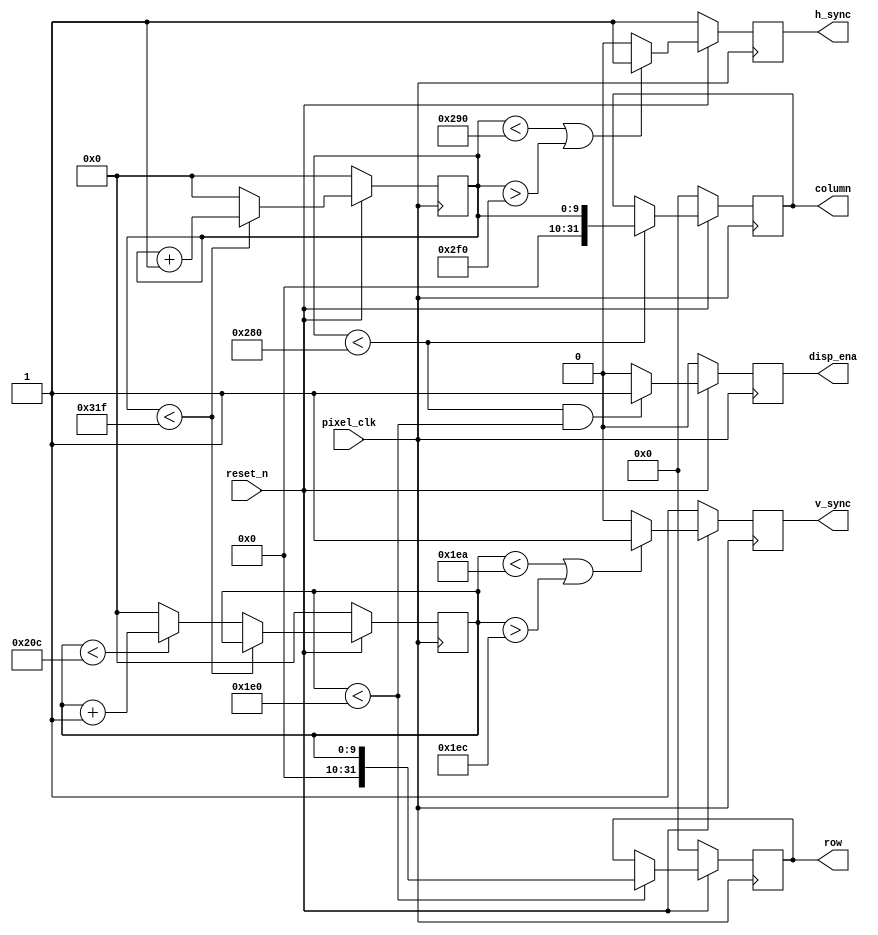
// This program was cloned from: https://github.com/Fe1LDr/Grinch
// License: MIT License

module vga_controller #(
   parameter h_pixels   = 640    ,  // horizontal display
   parameter h_fp       = 16     ,  // horizontal Front Porch
   parameter h_pulse    = 96     ,  // horizontal sync pulse
   parameter h_bp       = 48     ,  // horizontal back porch
   parameter h_pol      = 1'b0   ,  // horizontal sync polarity (1 = positive, 0 = negative)
   parameter v_pixels   = 480    ,  // vertical display
   parameter v_fp       = 10     ,  // vertical front porch
   parameter v_pulse    = 2      ,  // vertical pulse
   parameter v_bp       = 33     ,  // vertical back porch
   parameter v_pol      = 1'b0      // vertical sync polarity (1 = positive, 0 = negative)
)( 
   input             pixel_clk   ,  // Pixel clock
   input             reset_n     ,  // Active low synchronous reset
   output reg        h_sync      ,  // horizontal sync signal
   output reg        v_sync      ,  // vertical sync signal
   output reg        disp_ena    ,  // display enable (0 = all colors must be blank)
   output reg [31:0] column      ,  // horizontal pixel coordinate
   output reg [31:0] row            // vertical pixel coordinate
);

   // Get total number of row and column pixel clocks
   localparam h_period = h_pulse + h_bp + h_pixels + h_fp;
   localparam v_period = v_pulse + v_bp + v_pixels + v_fp;

   // Full range counters
   reg [$clog2(h_period)-1:0] h_count;
   reg [$clog2(v_period)-1:0] v_count;

   always @( posedge pixel_clk ) begin
      // Perform reset operations if needed
      if (reset_n == 1'b0) begin
         h_count  <= 0;
         v_count  <= 0;
         h_sync   <= ~ h_pol;
         v_sync   <= ~ v_pol;
         disp_ena <= 1'b0;
         column   <= 0;
         row      <= 0;
      end else begin

         // Pixel Counters
         if (h_count < h_period - 1) begin
            h_count <= h_count + 1;
         end else begin
            h_count <= 0;
            if (v_count < v_period - 1) begin
               v_count <= v_count + 1;
            end else begin
               v_count <= 0;
            end
         end

         // Horizontal Sync Signal
         if ( (h_count < h_pixels + h_fp) || (h_count > h_pixels + h_fp + h_pulse) ) begin
            h_sync <= ~ h_pol;
         end else begin
            h_sync <= h_pol;
         end

         // Vertical Sync Signal
         if ( (v_count < v_pixels + v_fp) || (v_count > v_pixels + v_fp + v_pulse) ) begin
            v_sync <= ~ v_pol;
         end else begin
            v_sync <= v_pol;
         end

         // Update Pixel Coordinates
         if (h_count < h_pixels) begin
            column <= h_count;
         end

         if (v_count < v_pixels) begin
            row <= v_count;
         end

         // Set display enable output
         if (h_count < h_pixels && v_count < v_pixels) begin
            disp_ena <= 1'b1;
         end else begin
            disp_ena <= 1'b0;
         end
      end
   end

endmodule